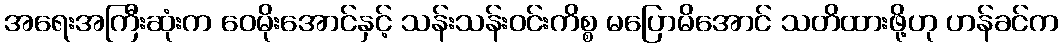
အရေးအကြီးဆုံးက ဝေမိုးအောင်နှင့် သန်းသန်းဝင်းကိစ္စ မပြောမိအောင် သတိထားဖို့ဟု ဟန်ခင်က